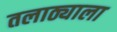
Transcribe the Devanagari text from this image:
तलाठ्याला